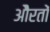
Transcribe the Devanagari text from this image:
औेरतों